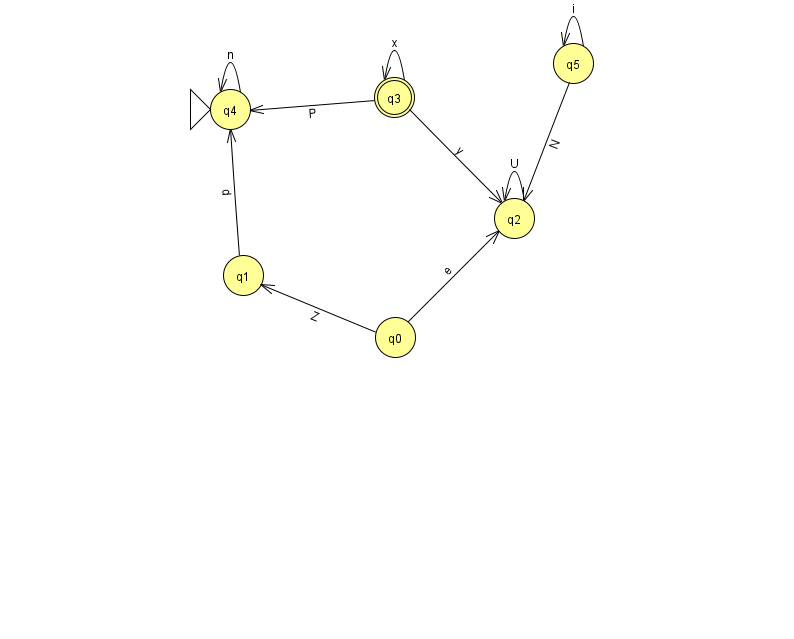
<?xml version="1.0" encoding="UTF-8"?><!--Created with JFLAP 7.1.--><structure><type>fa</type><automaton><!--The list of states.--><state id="0" name="q0"><x>395.0</x><y>324.0</y></state><state id="1" name="q1"><x>243.0</x><y>262.0</y></state><state id="2" name="q2"><x>514.0</x><y>205.0</y></state><state id="3" name="q3"><x>394.0</x><y>84.0</y><final/></state><state id="4" name="q4"><x>230.0</x><y>96.0</y><initial/></state><state id="5" name="q5"><x>573.0</x><y>50.0</y></state><!--The list of transitions.--><transition><from>5</from><to>2</to><read>N</read></transition><transition><from>1</from><to>4</to><read>d</read></transition><transition><from>2</from><to>2</to><read>U</read></transition><transition><from>3</from><to>4</to><read>P</read></transition><transition><from>3</from><to>2</to><read>y</read></transition><transition><from>3</from><to>3</to><read>x</read></transition><transition><from>5</from><to>5</to><read>i</read></transition><transition><from>0</from><to>2</to><read>e</read></transition><transition><from>4</from><to>4</to><read>n</read></transition><transition><from>0</from><to>1</to><read>Z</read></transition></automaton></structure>